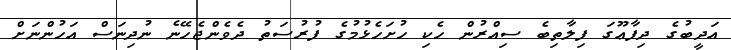
އަދީބުގެ ދިފާޢޫގަ ފިލާތިބެ ސިއްރުން ހެކި ހުށަހެޅުމުގެ ފުރުސަތު ދެވެންޖެހޭނެ ނުދިނަސް އަހުންނަށް